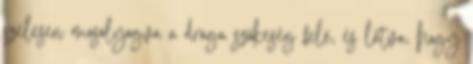
szélesen mosolyogva a drága szőkeség felé, és látva, hogy